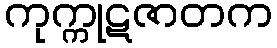
ကုက္ကုဋဇာတက